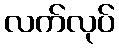
လက်လုပ်